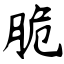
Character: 脆